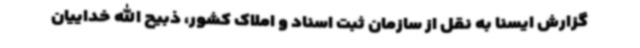
گزارش ایسنا به نقل از سازمان ثبت اسناد و املاک کشور، ذبیح الله خداییان